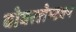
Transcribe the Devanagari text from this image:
बोबरलेम्टक्प